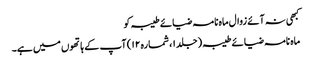
کبھی نہ آئے زوال ماہ نامہ ضیائے طیبہ کو
ماہ نامہ ضیائے طیبہ (جلد ۱، شمارہ ۱۲) آپ کے ہاتھوں میں ہے۔